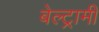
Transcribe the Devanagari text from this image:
बेल्ट्रामी